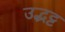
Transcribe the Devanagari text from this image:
उद्भट्ट